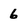
Character: 6